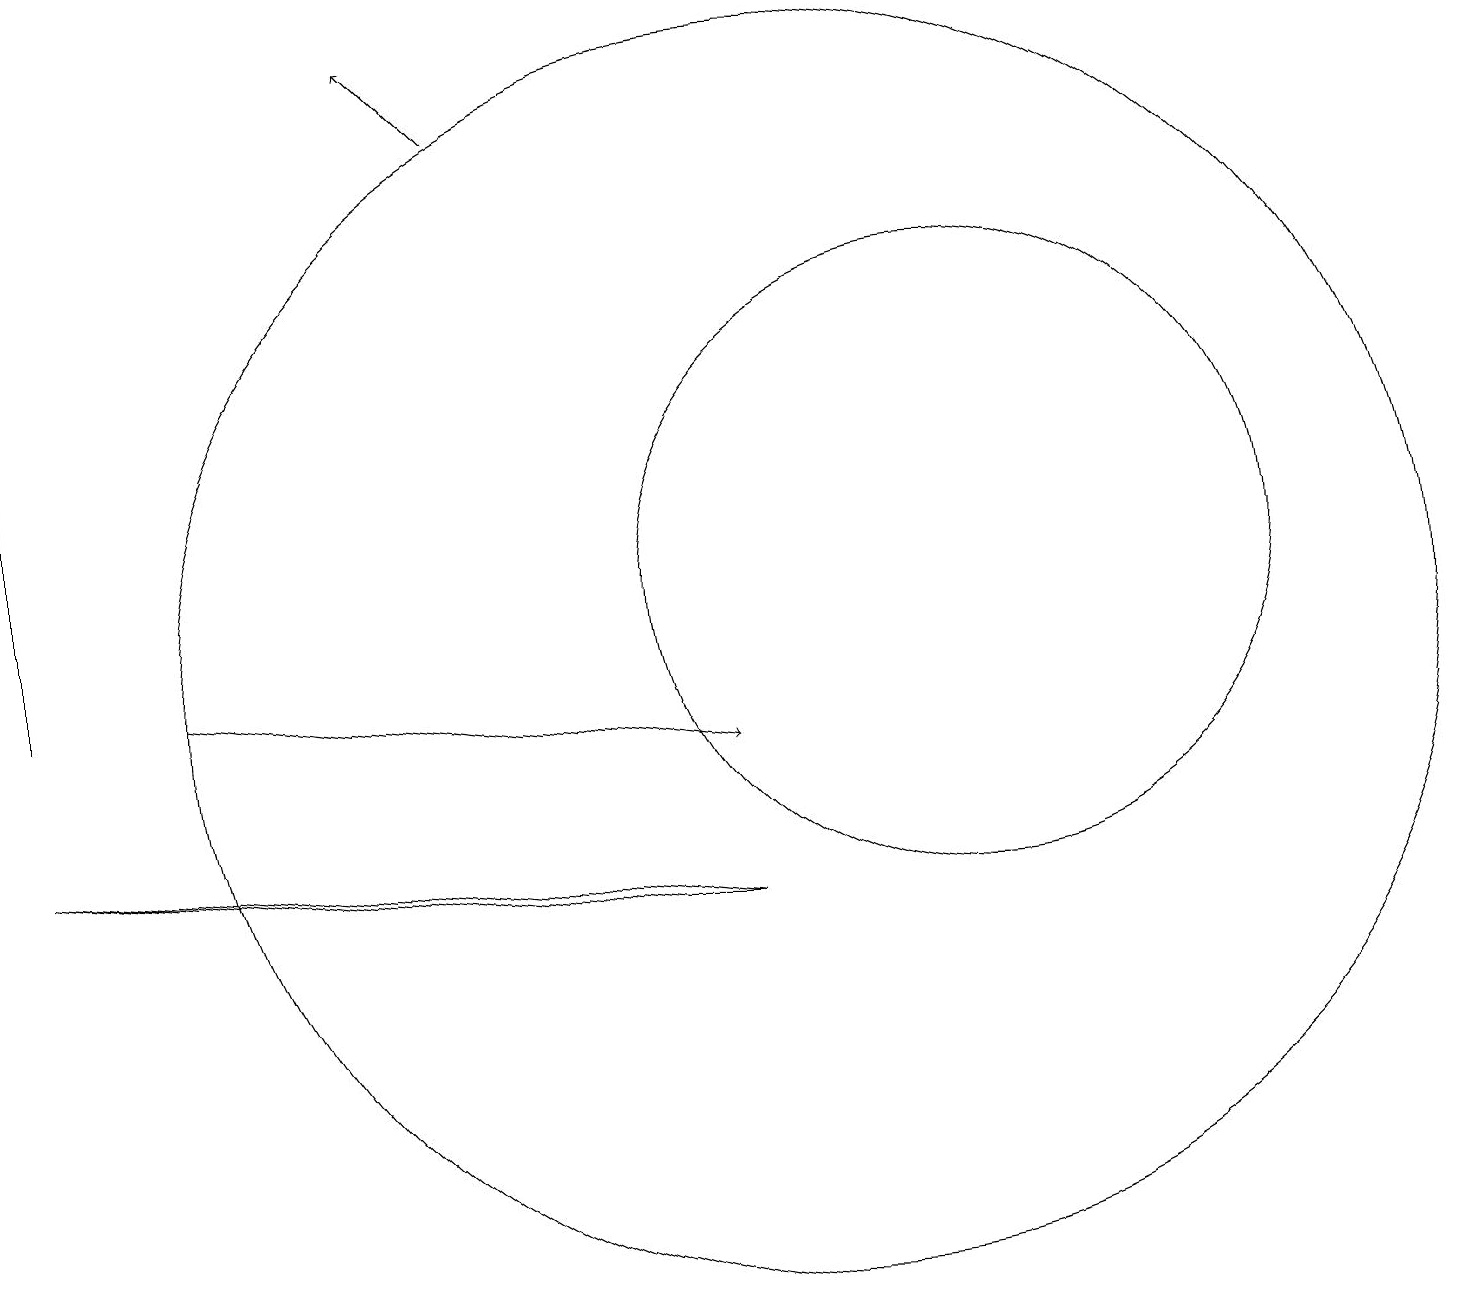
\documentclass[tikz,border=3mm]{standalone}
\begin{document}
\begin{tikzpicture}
\draw (0,9) -- (8,8) -- (9,8) -- cycle;
\draw[->] (2,11) -- (9,10);
\draw (10,11) circle (8);
\draw (12,12) circle (4);
\draw (0,19) rectangle (0,11);
\draw[->] (6,18) -- (5,19);
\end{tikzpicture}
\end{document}